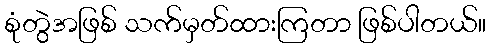
စုံတွဲအဖြစ် သက်မှတ်ထားကြတာ ဖြစ်ပါတယ်။